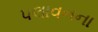
પલાવનના